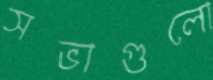
সভাগুলো